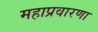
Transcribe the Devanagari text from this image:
महाप्रवारणा